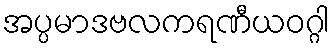
အပ္ပမာဒဗလကရဏီယဝဂ္ဂါ